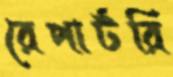
রেপার্টরি